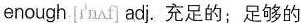
enough[ɪ'nʌf] adj. 充足的;足够的